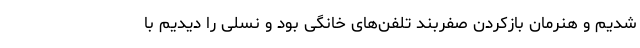
شدیم و هنرمان بازکردن صفربند تلفن‌های خانگی بود و نسلی را دیدیم با